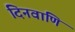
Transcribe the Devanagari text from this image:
दिनवाणि